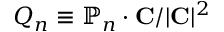
Q _ { n } \equiv \mathbb { P } _ { n } \cdot { \bf C } / | { \bf C } | ^ { 2 }